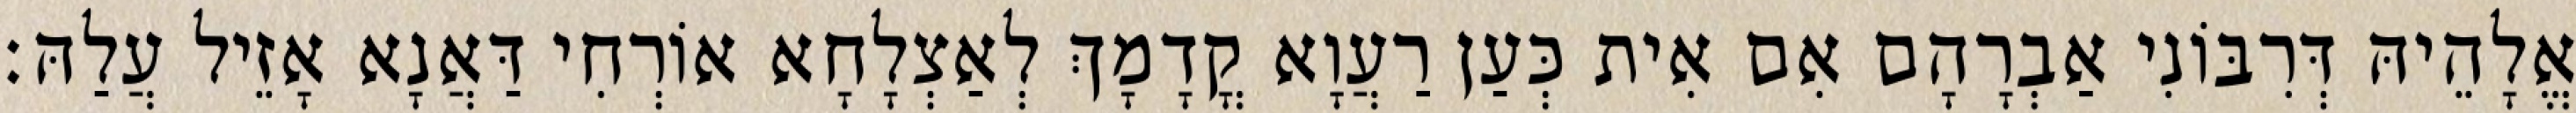
אֱלָהֵיהּ דְּרִבּוֹנִי אַבְרָהָם אִם אִית כְּעַן רַעֲוָא קֳדָמָךְ לְאַצְלָחָא אוֹרְחִי דַּאֲנָא אָזֵיל עֲלַהּ׃